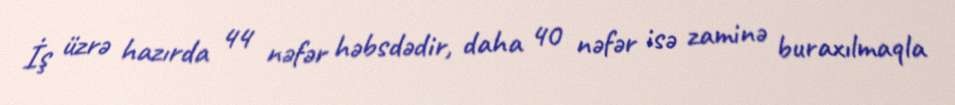
İş üzrə hazırda 44 nəfər həbsdədir, daha 40 nəfər isə zaminə buraxılmaqla